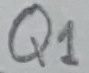
Text: Q1